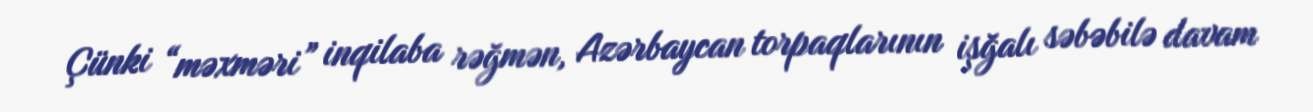
Çünki “məxməri” inqilaba rəğmən, Azərbaycan torpaqlarının işğalı səbəbilə davam